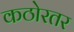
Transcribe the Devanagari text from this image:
कठोरतर